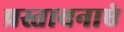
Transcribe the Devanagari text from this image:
प्रस्तावनाएं